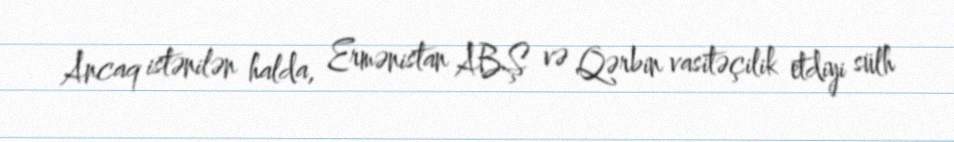
Ancaq istənilən halda, Ermənistan ABŞ və Qərbin vasitəçilik etdiyi sülh